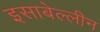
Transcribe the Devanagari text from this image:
इसाबेल्लीन